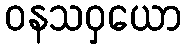
ဝနသဝှယော